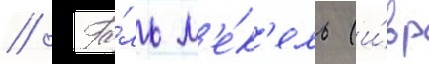
// Га́ль м'е́к'ель (и́вр